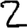
Digit: 2